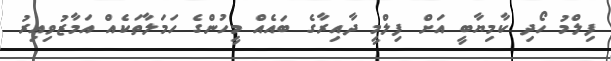
ފިލްމު ހޯދި ކާމިޔާބީ އަށް ފިލްމީ ދާއިރާގެ ބައެއް މީހުންގެ ހަމަލާތަކެއް އަމާޒުވިއިރު